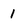
Character: I